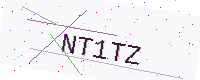
Text: NT1TZ